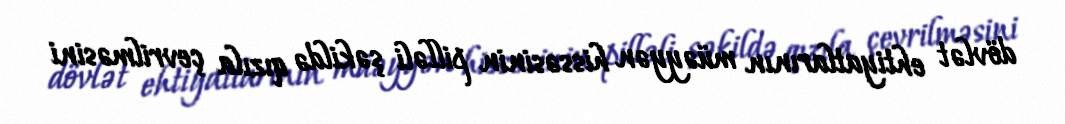
dövlət ehtiyatlarının müəyyən hissəsinin pilləli şəkildə qızıla çevrilməsini